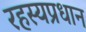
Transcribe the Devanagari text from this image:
रहस्यप्रधान